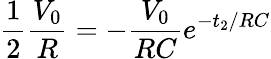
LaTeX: \frac{1}{2}\frac{V_{0}}{R}=-\frac{V_{0}}{RC}e^{-t_{2}/RC}